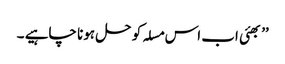
’’ بھئی اب اس مسلہ کو حل ہونا چاہیے ۔